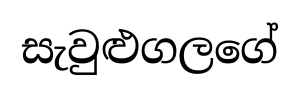
සැවුළුගලගේ